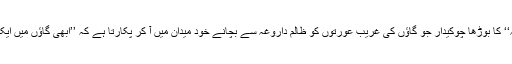
فلم ’’مرچ مصالحہ‘‘ کا بوڑھا چوکیدار جو گاؤں کی غریب عورتوں کو ظالم داروغہ سے بچانے خود میدان میں آ کر پکارتا ہے کہ ’’ابھی گاؤں میں ایک مرد باقی ہے‘‘ ۔